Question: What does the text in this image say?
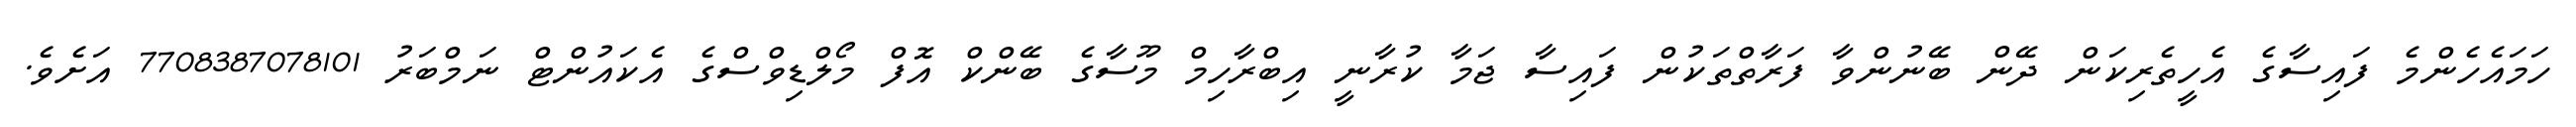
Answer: ހަމައެހެންމެ ފައިސާގެ އެހީތެރިކަން ދޭން ބޭނުންވާ ފަރާތްތަކުން ފައިސާ ޖަމާ ކުރާނީ އިބްރާހިމް މޫސާގެ ބޭންކް އޮފް މޯލްޑިވްސްގެ އެކައުންޓް ނަމްބަރު 7708387078101 އަށެވެ.